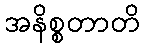
အနိစ္စတာတိ